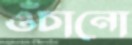
ওঁচানো